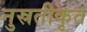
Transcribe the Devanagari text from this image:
नुस्रतीकृत